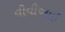
વીવીઆઇ